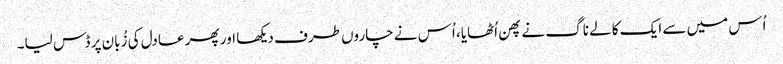
اُس میں سے ایک کالے ناگ نے پھن اُٹھایا، اُس نے چاروں طرف دیکھا اور پھر عادل کی زُبان پر ڈس لیا۔